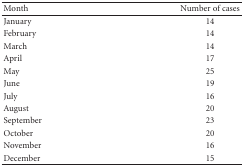
<table><thead><tr><td><b>Month</b></td><td><b>Number of cases</b></td></tr></thead><tbody><tr><td>January</td><td>14</td></tr><tr><td>February</td><td>14</td></tr><tr><td>March</td><td>14</td></tr><tr><td>April</td><td>17</td></tr><tr><td>May</td><td>25</td></tr><tr><td>June</td><td>19</td></tr><tr><td>July</td><td>16</td></tr><tr><td>August</td><td>20</td></tr><tr><td>September</td><td>23</td></tr><tr><td>October</td><td>20</td></tr><tr><td>November</td><td>16</td></tr><tr><td>December</td><td>15</td></tr></tbody></table>